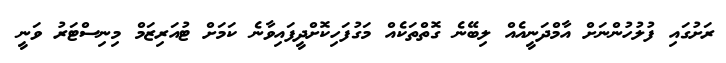
ރަށުގައި ފުލުހުންނަށް އާމްދަނީއެއް ލިބޭނެ ގޮތްތަކެއް މަގުފަހިކޮށްދީފައިވާނެ ކަމަށް ޓުއަރިޒަމް މިނިސްޓަރު ވަނީ